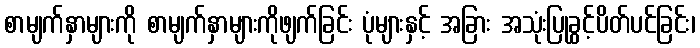
စာမျက်နှာများကို စာမျက်နှာများကိုဖျက်ခြင်း ပုံများနှင့် အခြား အသုံးပြုခွင့်ပိတ်ပင်ခြင်း၊